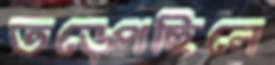
তড়্‌পেছিলে